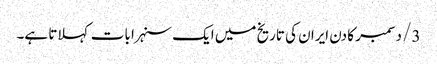
3/ دسمبر کا دن ایران کی تاریخ میں ایک سنہرا بات کہلاتا ہے۔